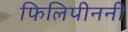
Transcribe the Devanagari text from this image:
फिलिपीननी